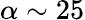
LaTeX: \alpha\sim 25